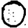
Digit: 0